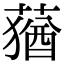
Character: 蕕